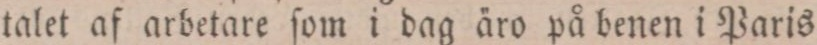
talet af arbetare ſom i dag äro på benen i Paris